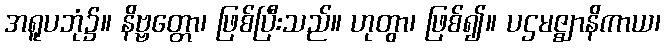
အရူပဘုံ၌။ နိဗ္ဗတ္တော၊ ဖြစ်ပြီးသည်။ ဟုတွာ၊ ဖြစ်၍။ ပဌမဇ္ဈာနိကာယ၊